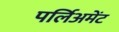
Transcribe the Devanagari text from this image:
पर्लिअमेंट